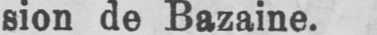
sion de Bazaine.